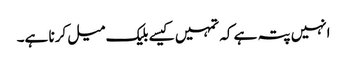
انہیں پتہ ہے کہ تمہیں کیسے بلیک میل کرنا ہے۔